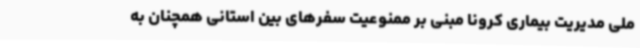
ملی مدیریت بیماری کرونا مبنی بر ممنوعیت سفرهای بین استانی همچنان به